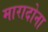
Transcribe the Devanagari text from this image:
मारादोना